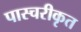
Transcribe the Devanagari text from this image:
पास्चरीकृत